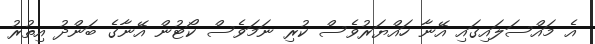
އެ މައްސަލައިގައި އޭނާ ހައްޔަރުވެސް ކުރި ނަމަވެސް ކޯޓުން އޭނާގެ ބަންދު އިތުރު